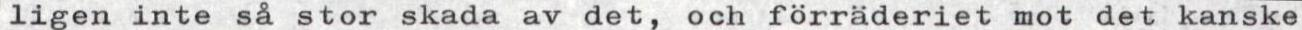
ligen inte så stor skada av det, och förräderiet mot det kanske